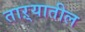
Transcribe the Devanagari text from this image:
ताऱ्यातील